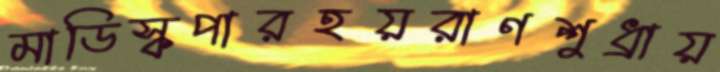
মাডিস্কপারহয়রাণশুধ্‌রায়